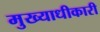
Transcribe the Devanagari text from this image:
मुख्याधीकारी